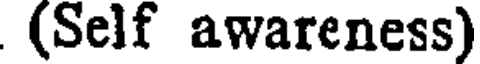
(Self awareness)